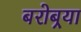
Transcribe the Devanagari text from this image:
बरोबर्‍या